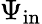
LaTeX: \Psi_{\mathrm{in}}